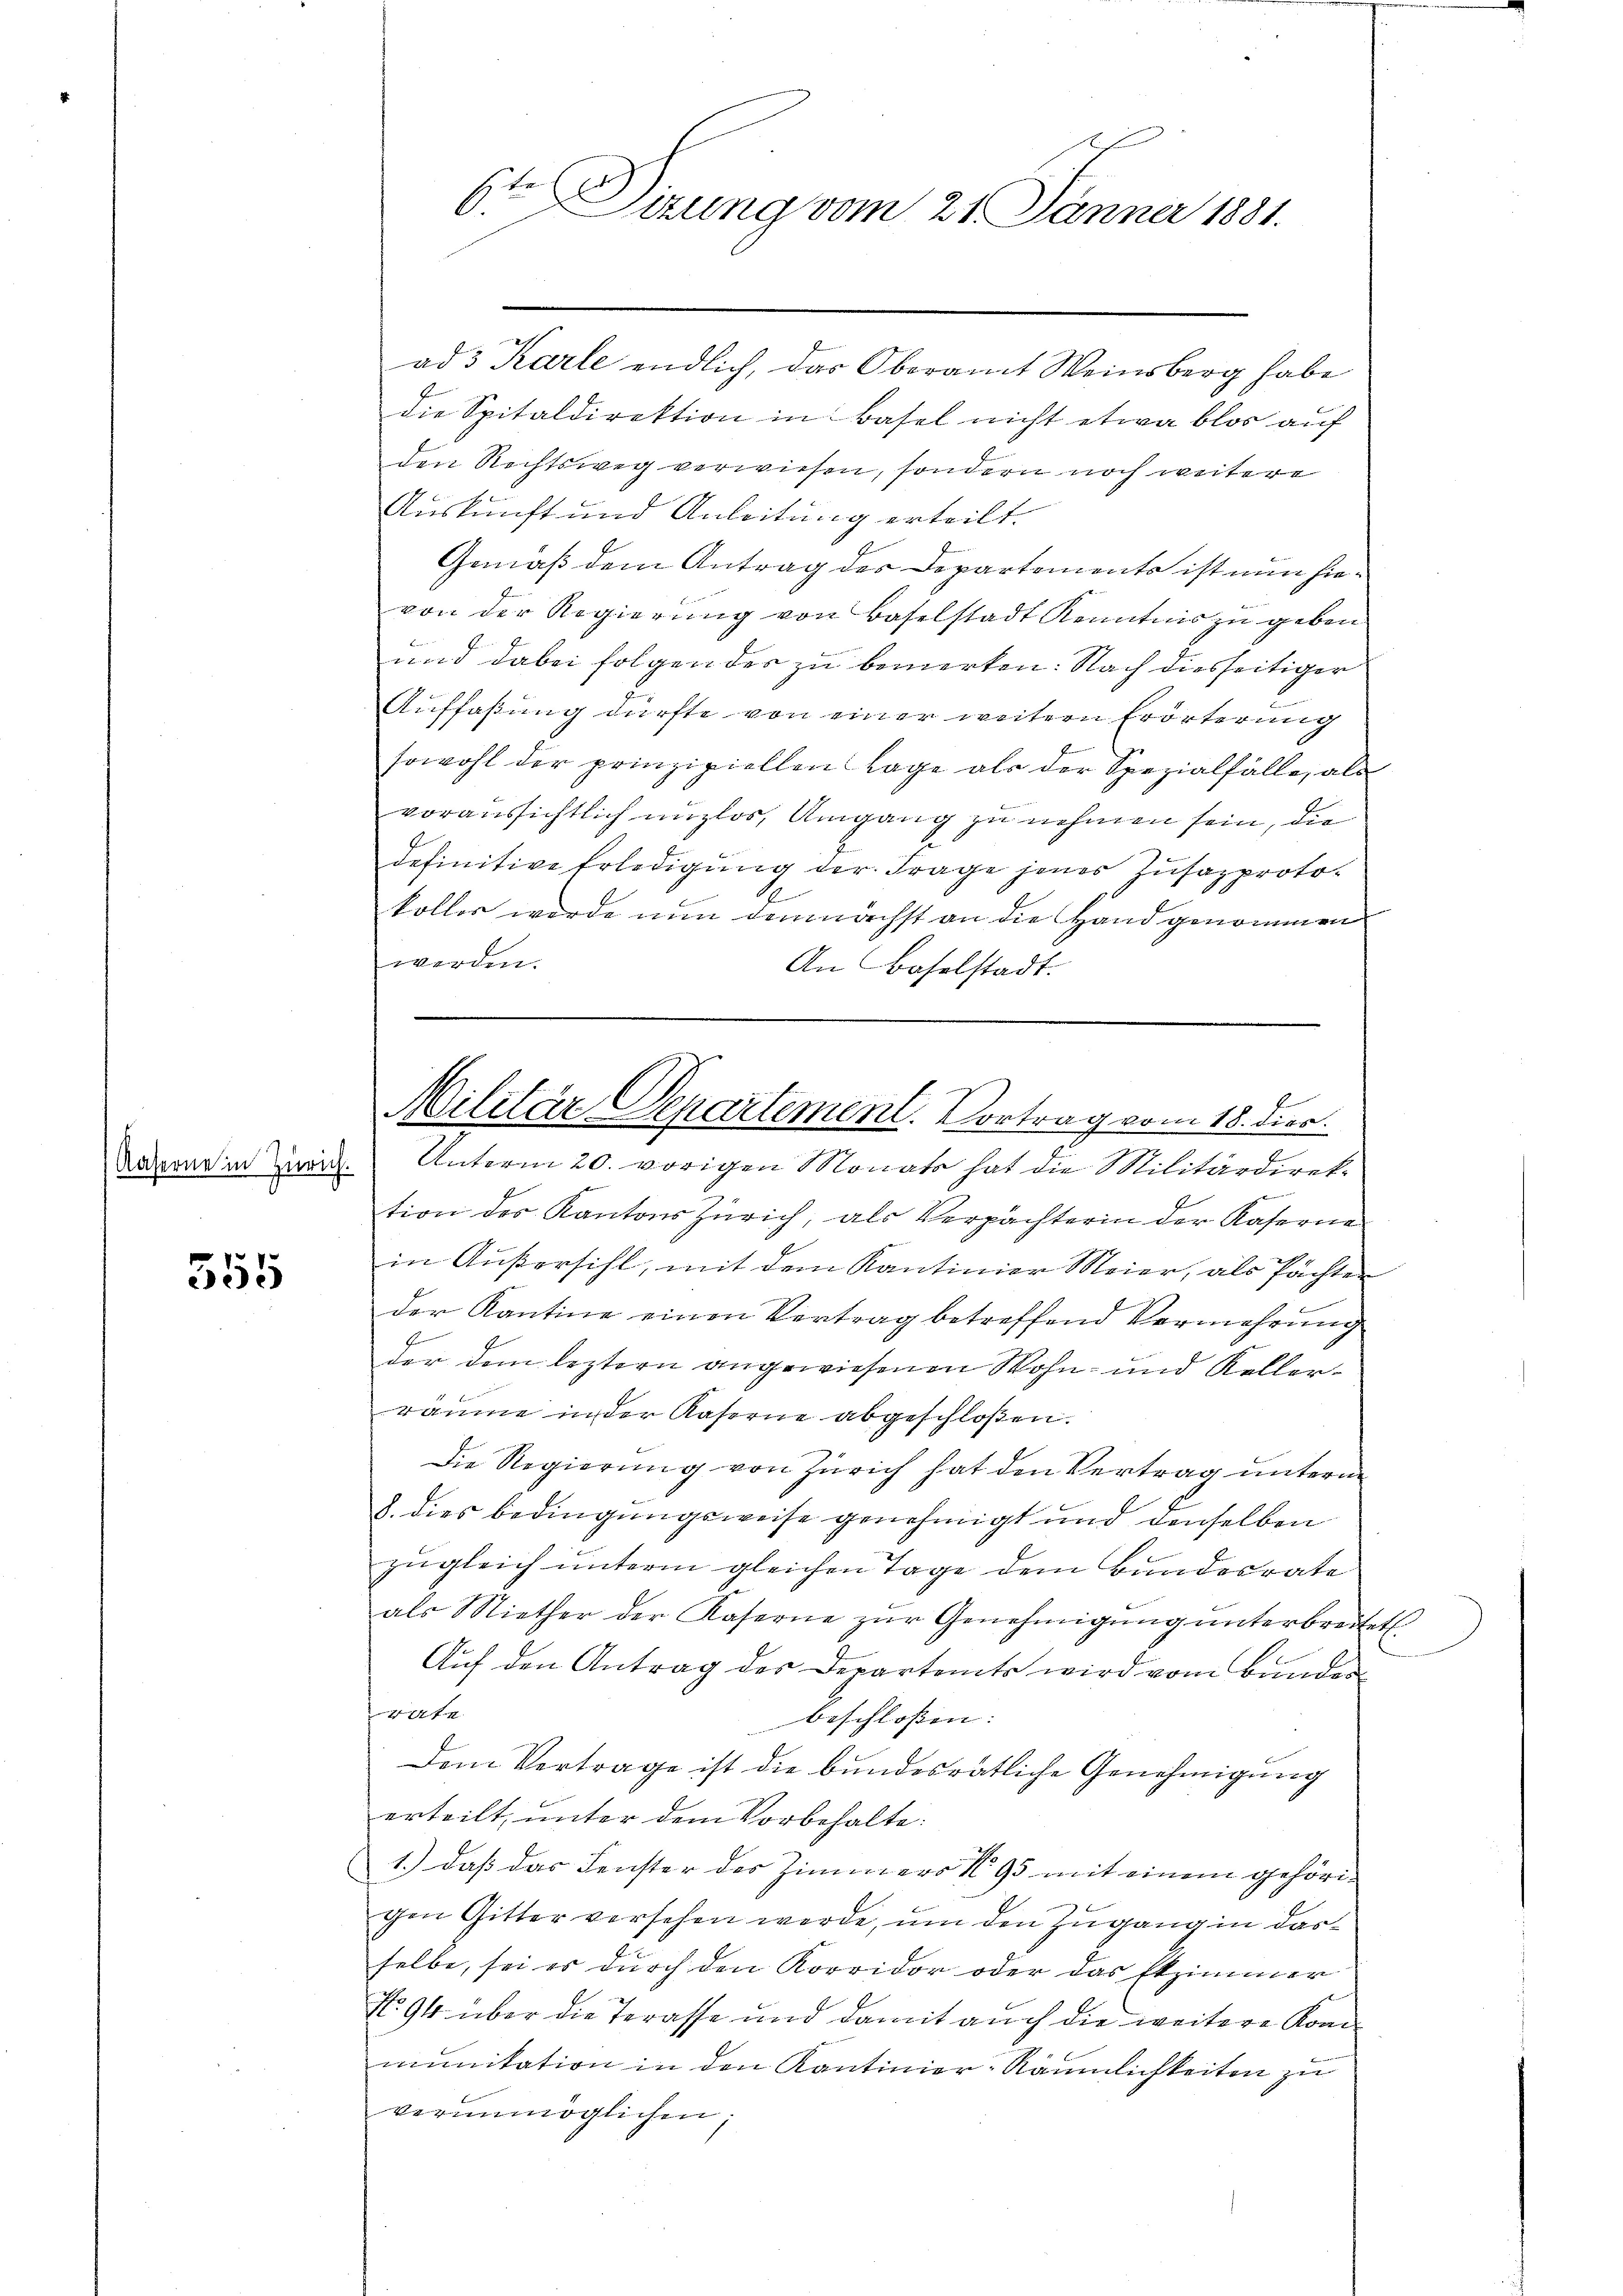
Kaserne in Zürich.

555

6te Dirung vom 21. Jänner 1881.

ad 3 Karle endlich, das Oberamt Weinsberg habe
die Spitaldirektion in Basel nicht etwa blos auf
den Rechtsweg verwiesen, sondern noch weitere
Auskunft und Anleitung erteilt.
Gemäß dem Antrag des Departements ist nun hievon der Regierŭng von Baselstadt Kenntnis zu geben
und dabei folgendes zu bemerken. Nach diesseitiger
Auffaßung dürfte von einer weitern Erörterung
sowohl der prinzipiellen Lage als der Spezialfälle, als
voraussichtlich unzlos, Umgang zu nehmen sein, die
definitive Erledigung der Frage jenes Zusazprotokoller wurde nun demnächst an die Hand genommen
werden.
An Baselstadt.

Militär-Departement. Vortrag vom 18. Dier.

Unterm 20. vorigen Monats hat die Militärdireke
tion des Kantons Zürich, als Verpächterin der Kaserne
in Außersihl, mit dem Kantinier Meier, als Pächten
der Kantine einen Vertrag betreffend Vermehrung
der dem leztern angewiesenen Wohn- und Kellerräume in der Kaserne abgeschloßen.
Die Regierŭng von Zürich hat den Vertrag ŭnterm
h. dies bedingungsweise genehmigt und denselben
zugleich unterm gleichen Tage dem Bundesrate
als Miether der Kaserne zur Genehmigung unterbreitet
Auf den Antrag des Departamts wird vom Bunden
44fr.
beschlossen:
Dem Vertrage ist die bundesrätliche Genehmigung
erteilt, unter dem Vorbehalte.
1.) daß das Fenster des Zimmers N 95 mit einem gehörigen Gitter versehen werde, um den Zugang in dasselbe, sei es durch den Korridor oder das Etzimmer
No. 94 über die Terasse und damit auch die weitere Kon
munikation in den Kantinier-Räumlichkeiten zu
verunmöglichen,